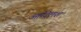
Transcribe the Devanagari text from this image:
आदिलश